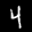
Label: 4